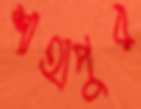
শাহাপুর